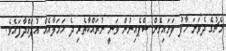
މެޗުގެ ދެވަނަ ހާފު ފަށައިގެން ސްޕެއިނުން ވަނީ ނުރައްކާތެރި ދެ ހަމަލާއެއް އުފައްދާފައެވެ.